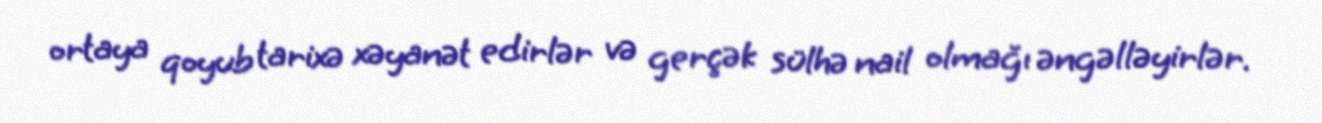
ortaya qoyub tarixə xəyanət edirlər və gerçək sülhə nail olmağı əngəlləyirlər.